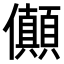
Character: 𠑘